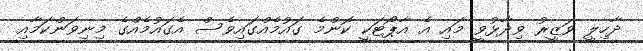
ދާހިލީ ވަޒީރު ވިދާޅުވީ މައި އެ އާޕޯޓަކީ ކޮންމެ ގައުމެއްގައިވެސް އެގައުމެއްގެ މިނިވަންކަމާއި